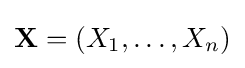
\mathbf {X} =(X_{1},\dots ,X_{n})